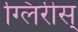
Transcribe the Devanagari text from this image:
ग्लिरीस्